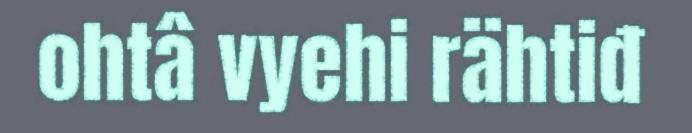
ohtâ vyehi rähtiđ